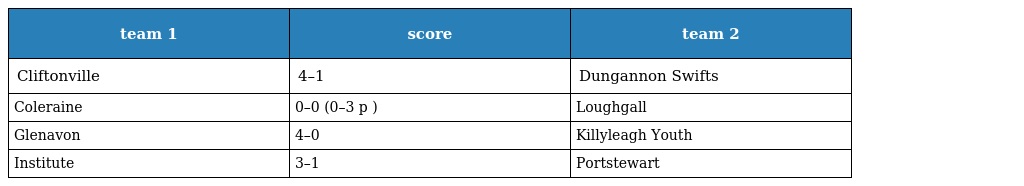
| team 1 | score | team 2 |
 | --- | --- | --- |
 | Cliftonville | 4–1 | Dungannon Swifts |
 | Coleraine | 0–0 (0–3 p ) | Loughgall |
 | Glenavon | 4–0 | Killyleagh Youth |
 | Institute | 3–1 | Portstewart |